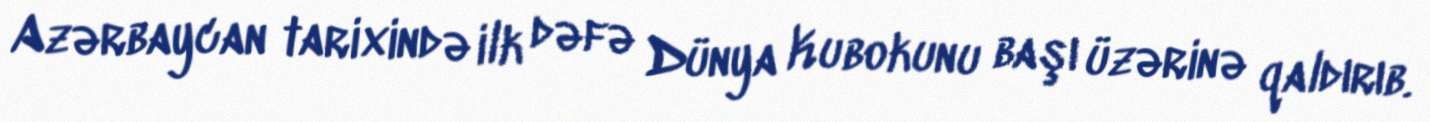
Azərbaycan tarixində ilk dəfə Dünya Kubokunu başı üzərinə qaldırıb.